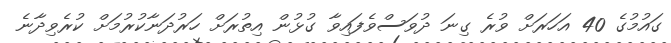
ގައުމުގެ 40 އަހަރަށް ވުރެ ގިނަ ދުވަސްވެފައިވާ ގުޅުން އިތުރަށް ހަރުދަނާކުރުމަށް ކުރެވިދާނެ